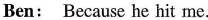
Ben: Because he hit me.